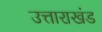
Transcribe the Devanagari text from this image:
उत्ताराखंड